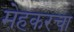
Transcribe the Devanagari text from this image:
मेहकरचा